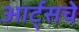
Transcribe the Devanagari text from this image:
आर्ट्सचे